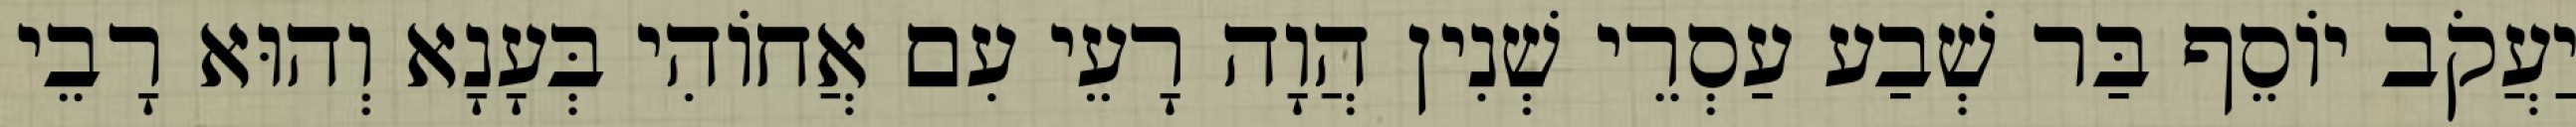
יַעֲקֹב יוֹסֵף בַּר שְׁבַע עַסְרֵי שְׁנִין הֲוָה רָעֵי עִם אֲחוֹהִי בְּעָנָא וְהוּא רָבֵי